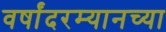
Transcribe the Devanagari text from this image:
वर्षांदरम्यानच्या